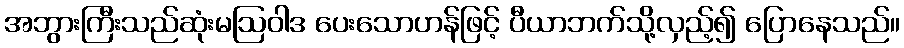
အဘွားကြီးသည်ဆုံးမဩဝါဒ ပေးသောဟန်ဖြင့် ပီယာဘက်သို့လှည့်၍ ပြောနေသည်။